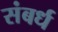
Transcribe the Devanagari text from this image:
संबर्ध